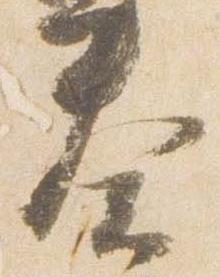
奏